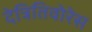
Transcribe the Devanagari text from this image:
देत्रितिवोरेस